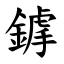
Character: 鎼